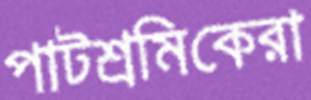
পাটশ্রমিকেরা